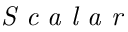
\textit { S c a l a r }